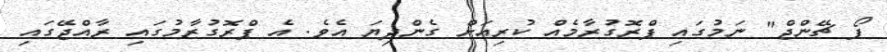
ފޯ ޗޭންޖް" ނަމުގައި ޕްރޮގުރާމެއް ކުރިއަށް ގެންދިޔަ އެވެ. އެ ޕްރޮގުރާމުގައި ރާއްޖޭގައި